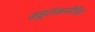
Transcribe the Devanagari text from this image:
बहुतकनीकि